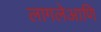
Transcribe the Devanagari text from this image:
लागलेआणि